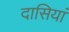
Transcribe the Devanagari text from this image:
दासियां